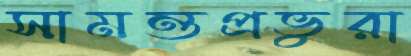
সামন্তপ্রভুরা